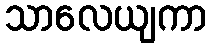
သာလေယျကာ